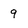
Character: 9